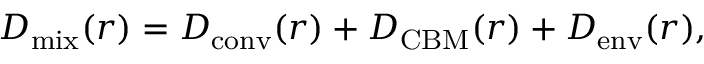
D _ { \mathrm { m i x } } ( r ) = D _ { \mathrm { c o n v } } ( r ) + D _ { \mathrm { C B M } } ( r ) + D _ { \mathrm { e n v } } ( r ) ,